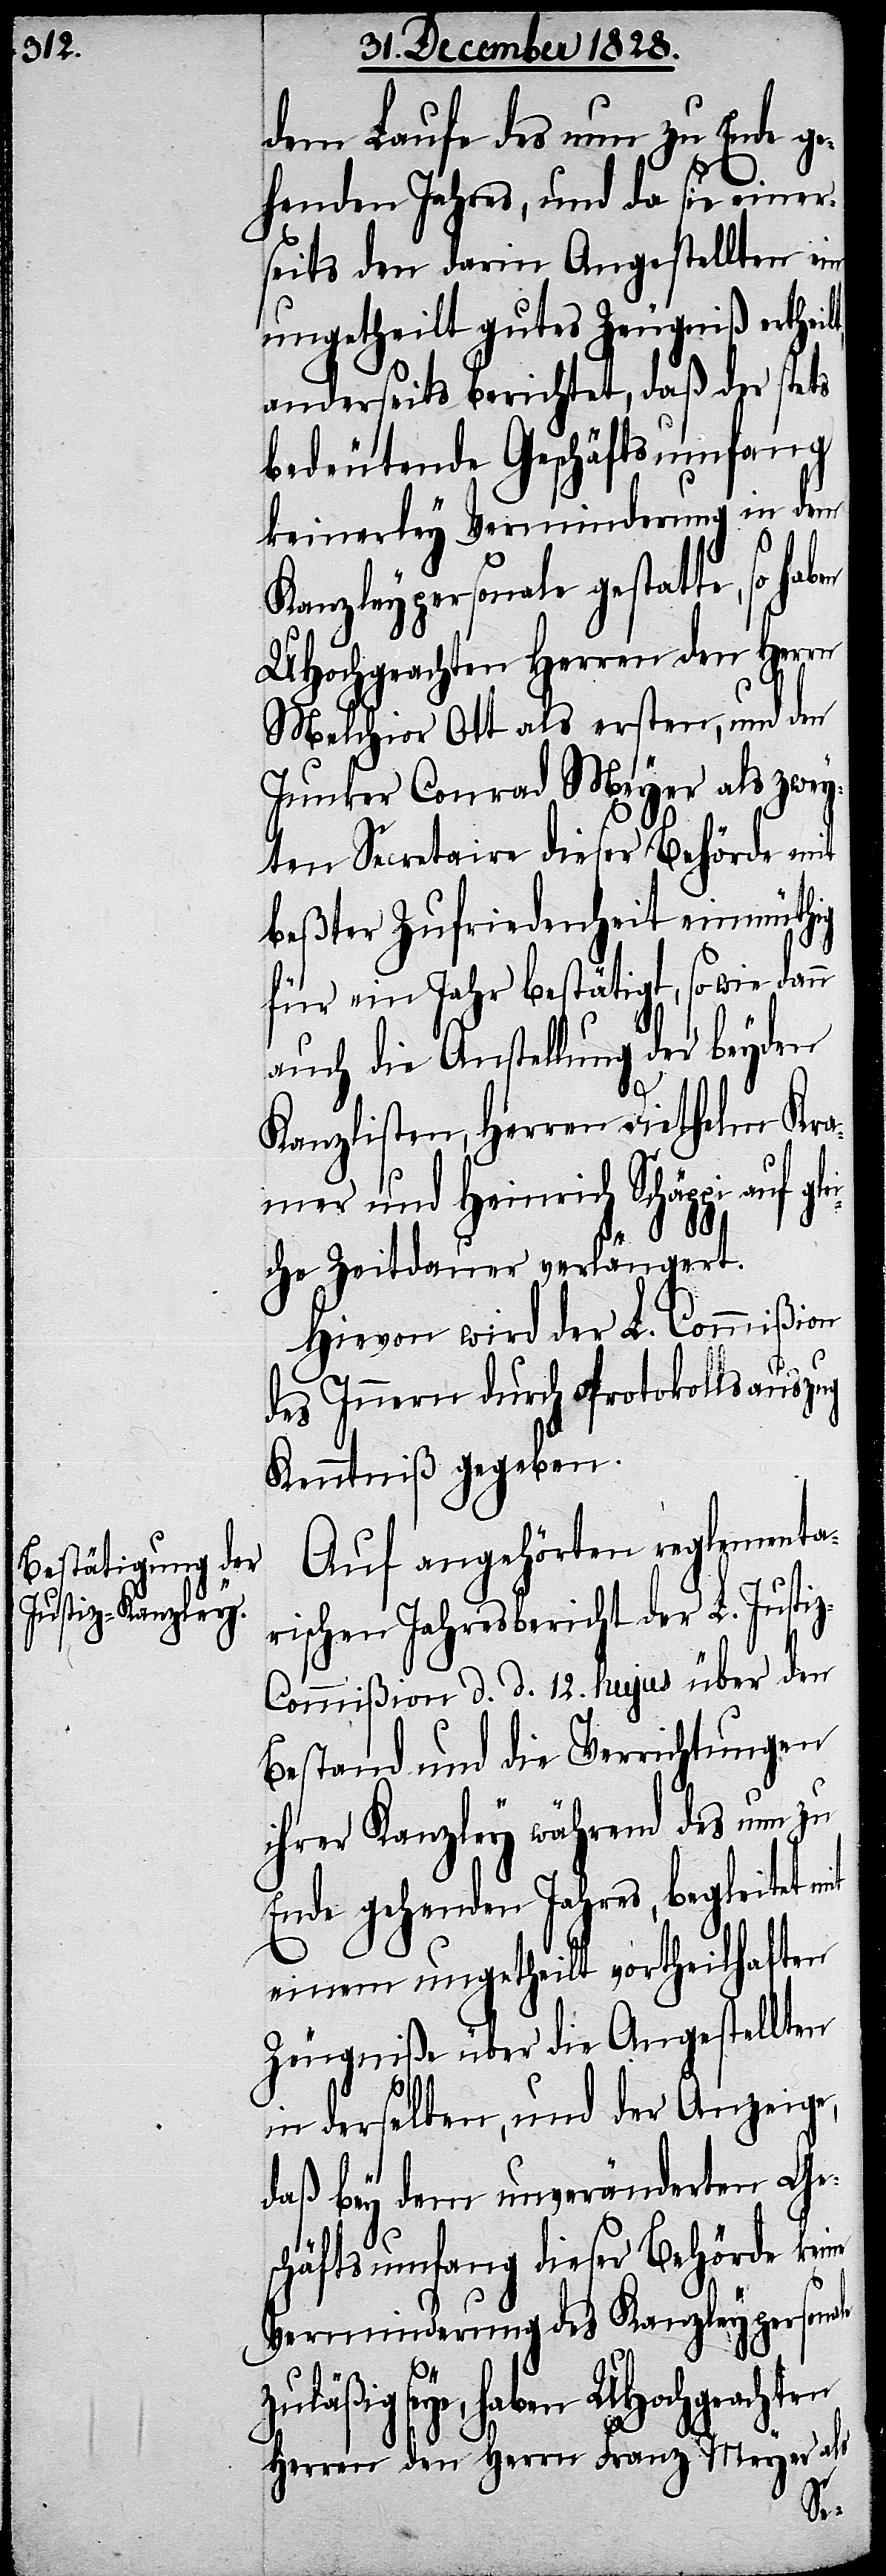
Auf angehörten reglementa¬
rischen Jahresbericht der L. Justi¬
z-Commißion d. d. 12. hujus über den
Bestand und die Verrichtungen
ihrer Kanzley während des nun zu
Ende gehenden Jahres, begleitet mit
einem ungetheilt vortheilhaften
Zeugniße über die Angestellten
in derselben, und der Anzeige,
daß bey dem unveränderten Ge¬
schäftsgang dieser Behörde keine
Verminderung des Kanzleypersonale
seye, haben UHochgeachten
Herren den Herrn Franz Meyer als